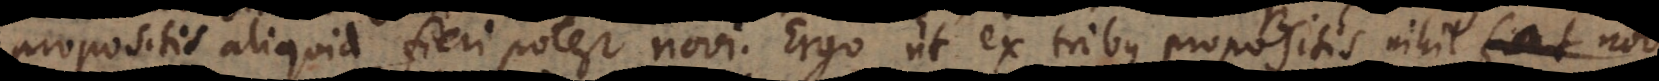
propositis aliquid fieri potest novi. Ergo ut ex tribus propositis nihil novi fi